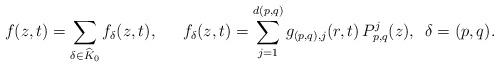
LaTeX: \begin{align*}f(z,t) = \sum_{\delta \in \widehat{K}_0} f_\delta(z,t),\,\,\,\, \,\, \,\,\, f_\delta(z,t) = \sum_{j=1}^{d(p,q)}g_{(p,q),j}(r,t)\, P_{p,q}^j(z), \,\,\, \delta = (p,q).\end{align*}